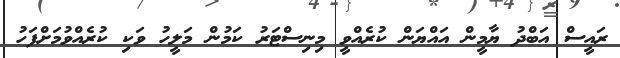
ރައީސް އަބްދު ޔާމީން އައްޔަން ކުރެއްވީ މިނިސްޓަރު ކަމުން މަލީހު ވަކި ކުރެއްވުމަށްފަހު